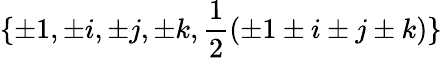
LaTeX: \{ \pm 1,\pm i,\pm j,\pm k,{\frac{1}{2}}(\pm 1\pm i\pm j\pm k)\}